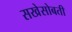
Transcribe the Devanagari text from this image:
सखेसोबती